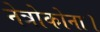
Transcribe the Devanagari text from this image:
नेत्रोकोना।